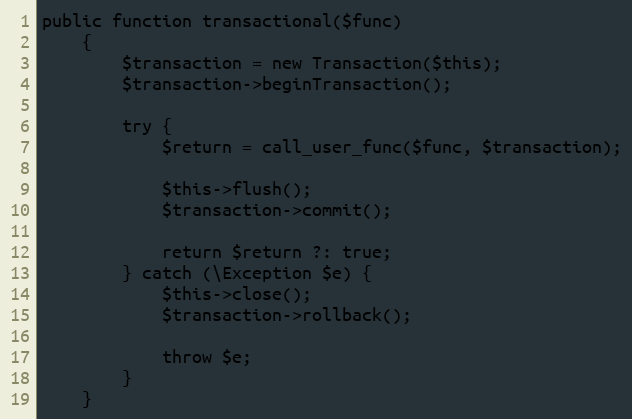
Language: PHP
public function transactional($func)
    {
        $transaction = new Transaction($this);
        $transaction->beginTransaction();

        try {
            $return = call_user_func($func, $transaction);

            $this->flush();
            $transaction->commit();

            return $return ?: true;
        } catch (\Exception $e) {
            $this->close();
            $transaction->rollback();

            throw $e;
        }
    }